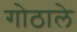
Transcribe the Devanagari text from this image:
गोठाले